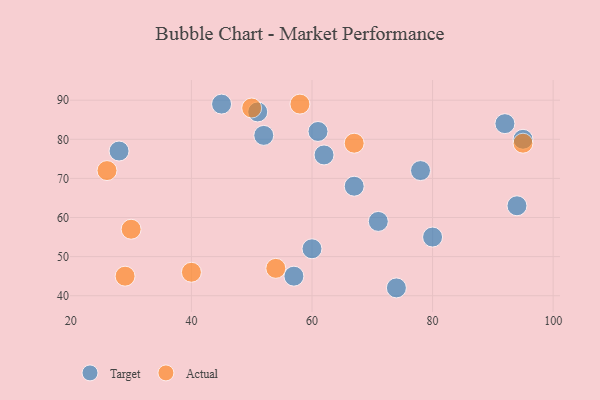
{"axis": {"x": "GDP", "y": "Life Expectancy"}, "legend": ["Actual", "Target"], "data": [{"x": "61", "y": 82, "type": "Target"}, {"x": "57", "y": 45, "type": "Target"}, {"x": "74", "y": 42, "type": "Target"}, {"x": "94", "y": 63, "type": "Target"}, {"x": "95", "y": 80, "type": "Target"}, {"x": "51", "y": 87, "type": "Target"}, {"x": "28", "y": 77, "type": "Target"}, {"x": "80", "y": 55, "type": "Target"}, {"x": "92", "y": 84, "type": "Target"}, {"x": "52", "y": 81, "type": "Target"}, {"x": "67", "y": 68, "type": "Target"}, {"x": "60", "y": 52, "type": "Target"}, {"x": "62", "y": 76, "type": "Target"}, {"x": "71", "y": 59, "type": "Target"}, {"x": "78", "y": 72, "type": "Target"}, {"x": "45", "y": 89, "type": "Target"}, {"x": "54", "y": 47, "type": "Actual"}, {"x": "30", "y": 57, "type": "Actual"}, {"x": "29", "y": 45, "type": "Actual"}, {"x": "67", "y": 79, "type": "Actual"}, {"x": "40", "y": 46, "type": "Actual"}, {"x": "26", "y": 72, "type": "Actual"}, {"x": "58", "y": 89, "type": "Actual"}, {"x": "50", "y": 88, "type": "Actual"}, {"x": "95", "y": 79, "type": "Actual"}]}